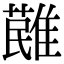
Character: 𩀔